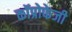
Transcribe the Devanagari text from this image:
कॉप्रोफेजी